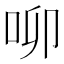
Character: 𠰭